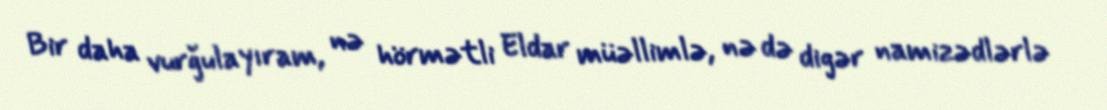
Bir daha vurğulayıram, nə hörmətli Eldar müəllimlə, nə də digər namizədlərlə